Indian journal of veterinary science and animal husbandry - Volumes 18-21, 1948-1951
Year: 1948
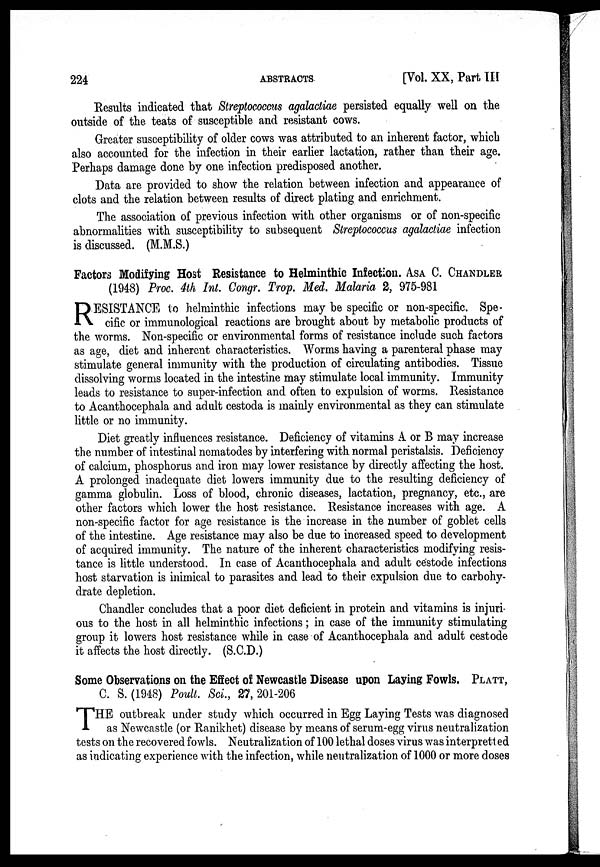
224
ABSTRACTS
[Vol. XX, Part III
Results indicated that Streptococcus agalactiae persisted equally well on the
outside of the teats of susceptible and resistant cows.
Greater susceptibility of older cows was attributed to an inherent factor, which
also accounted for the infection in their earlier lactation, rather than their age.
Perhaps damage done by one infection predisposed another.
Data are provided to show the relation between infection and appearance of
clots and the relation between results of direct plating and enrichment.
The association of previous infection with other organisms or of non-specific
abnormalities with susceptibility to subsequent Streptococcus agalactiae infection
is discussed. (M.M.S.)
Factors Modifying Host Resistance to Helminthic Infection. ASA C. CHANDLER
(1948) Proc. 4th Int. Congr. Trop. Med. Malaria 2, 975-981
R ESISTANCE to helminthic infections may be specific or non-specific. Spe-
cific or immunological reactions are brought about by metabolic products of
the worms. Non-specific or environmental forms of resistance include such factors
as age, diet and inherent characteristics. Worms having a parenteral phase may
stimulate general immunity with the production of circulating antibodies. Tissue
dissolving worms located in the intestine may stimulate local immunity. Immunity
leads to resistance to super-infection and often to expulsion of worms. Resistance
to Acanthocephala and adult cestoda is mainly environmental as they can stimulate
little or no immunity.
Diet greatly influences resistance. Deficiency of vitamins A or B may increase
the number of intestinal nematodes by interfering with normal peristalsis. Deficiency
of calcium, phosphorus and iron may lower resistance by directly affecting the host.
A prolonged inadequate diet lowers immunity due to the resulting deficiency of
gamma globulin. Loss of blood, chronic diseases, lactation, pregnancy, etc., are
other factors which lower the host resistance. Resistance increases with age. A
non-specific factor for age resistance is the increase in the number of goblet cells
of the intestine. Age resistance may also be due to increased speed to development
of acquired immunity. The nature of the inherent characteristics modifying resis-
tance is little understood. In case of Acanthocephala and adult cestode infections
host starvation is inimical to parasites and lead to their expulsion due to carbohy-
drate depletion.
Chandler concludes that a poor diet deficient in protein and vitamins is injuri-
ous to the host in all helminthic infections ; in case of the immunity stimulating
group it lowers host resistance while in case of Acanthocephala and adult cestode
it affects the host directly. (S.C.D.)
Some Observations on the Effect of Newcastle Disease upon Laying Fowls. PLATT,
C. S. (1948) Poult. Sci., 27, 201-206
T HE outbreak under study which occurred in Egg Laying Tests was diagnosed
as Newcastle (or Ranikhet) disease by means of serum-egg virus neutralization
tests on the recovered fowls. Neutralization of 100 lethal doses virus was interpretted
as indicating experience with the infection, while neutralization of 1000 or more doses